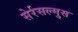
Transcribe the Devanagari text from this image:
सेर्रसल्मुस